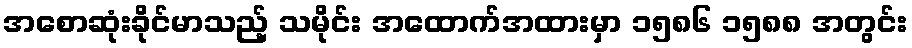
အစောဆုံးခိုင်မာသည့် သမိုင်း အထောက်အထားမှာ ၁၅၈၆ ၁၅၈၈ အတွင်း